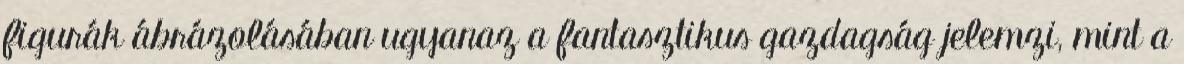
figurák ábrázolásában ugyanaz a fantasztikus gazdagság jelemzi, mint a